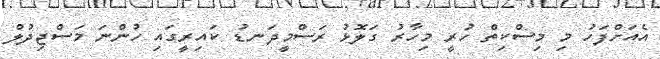
އެއަށްފަހު މި މިސްކިތް ހުރީ މިހާރު ގަލޮޅު ރަސްމީދަނޑު ކައިރީގައި ހުންނަ މަސްޖިދުލް